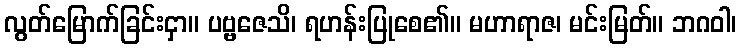
လွတ်မြောက်ခြင်းငှာ။ ပဗ္ဗဇေသိ၊ ရဟန်းပြုစေ၏။ မဟာရာဇ၊ မင်းမြတ်။ ဘဂဝါ၊